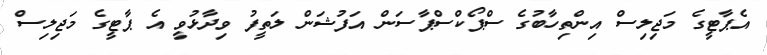
އެޕާޓީގެ މަޖިލިސް އިންތިހާބުގެ ސްޕޯކްސްޕާސަން އަފުޝަން ލަތީފު ވިދާޅުވީ އެ ޕާޓީގެ މަޖިލިސް